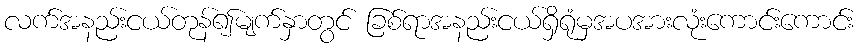
လက်အနည်းငယ်တုန်၍မျက်နှာတွင် ခြစ်ရာအနည်းငယ်ရှိရုံမှအပအားလုံးကောင်းကောင်း